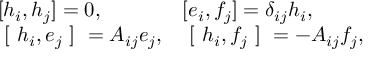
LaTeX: \begin{array} { l l } { { [ h _ { i } , h _ { j } ] = 0 , } } & { { [ e _ { i } , f _ { j } ] = \delta _ { i j } h _ { i } , } } \\ { { \mathrm { ~ [ ~ } h _ { i } , e _ { j } \mathrm { ~ ] ~ } = A _ { i j } e _ { j } , } } & { { \mathrm { ~ [ ~ } h _ { i } , f _ { j } \mathrm { ~ ] ~ } = - A _ { i j } f _ { j } , } } \end{array}